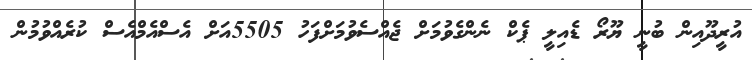
އުރީދޫއިން ބުނީ ޔޫރޯ ޑެއިލީ ޕެކް ނެންގެވުމަށް ޖެއްސެވުމަށްފަހު 5505އަށް އެސްއެމްއެސް ކުރެއްވުމުން